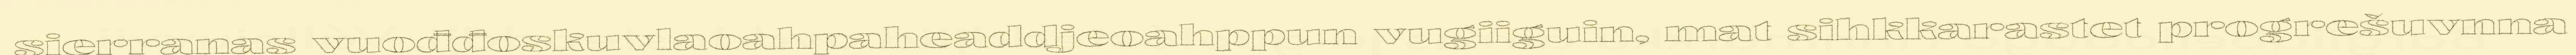
sierranas vuođđoskuvlaoahpaheaddjeoahppun vugiiguin, mat sihkkarastet progrešuvnna